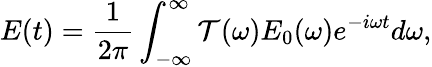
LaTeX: E(t)=\frac{1}{2\pi}\int_{-\infty}^{\infty}\mathcal{T}(\omega)E_{0}(\omega)e^{-i\omega t}d\omega,